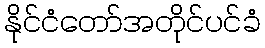
နိုင်ငံတော်အတိုင်ပင်ခံ